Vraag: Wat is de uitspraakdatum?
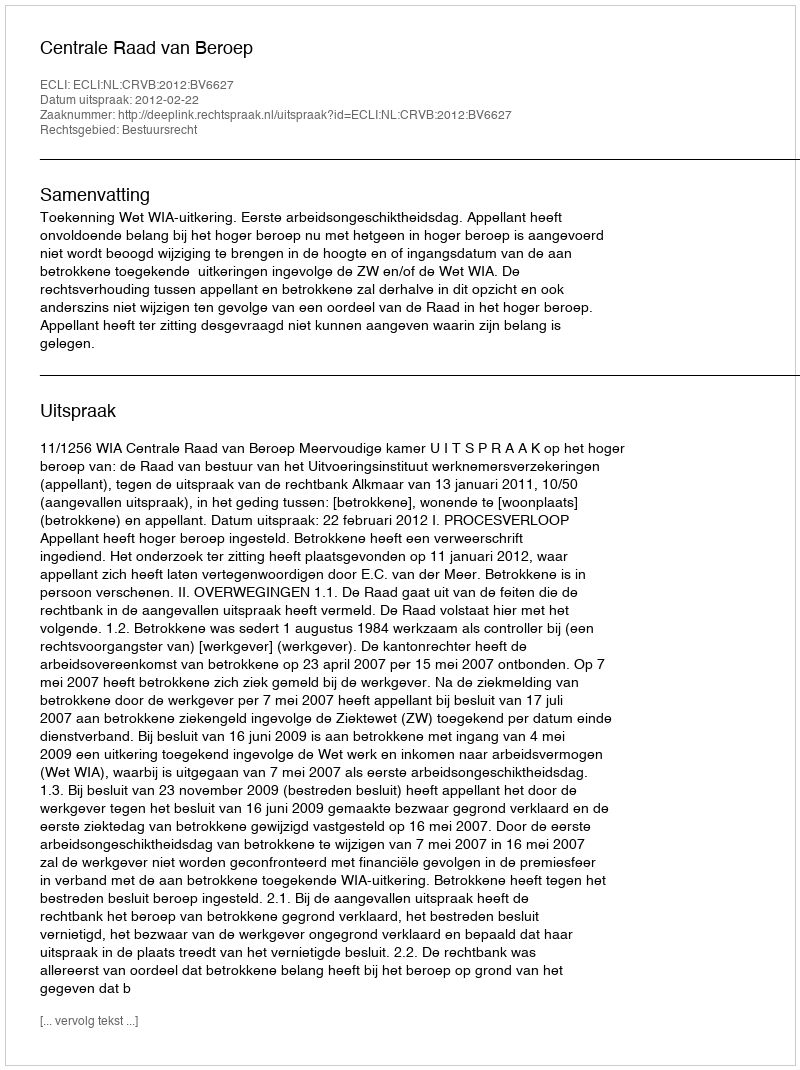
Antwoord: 2012-02-22